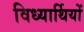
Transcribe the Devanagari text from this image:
विध्यार्थियों